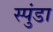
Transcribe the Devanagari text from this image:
स्पुंडा